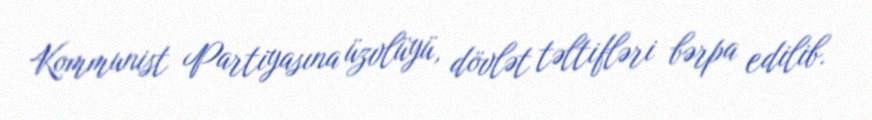
Kommunist Partiyasına üzvlüyü, dövlət təltifləri bərpa edilib.